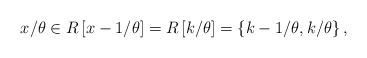
LaTeX: \begin{align*}x/\theta\in R\left[x-1/\theta\right]=R\left[k/\theta\right]=\left\{ k-1/\theta,k/\theta\right\} ,\end{align*}